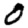
Digit: 0